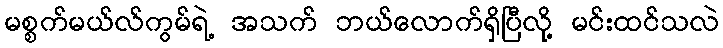
မစ္စက်မယ်လ်ကွမ်ရဲ့ အသက် ဘယ်လောက်ရှိပြီလို့ မင်းထင်သလဲ